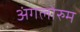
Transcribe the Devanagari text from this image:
अंगलोरुम